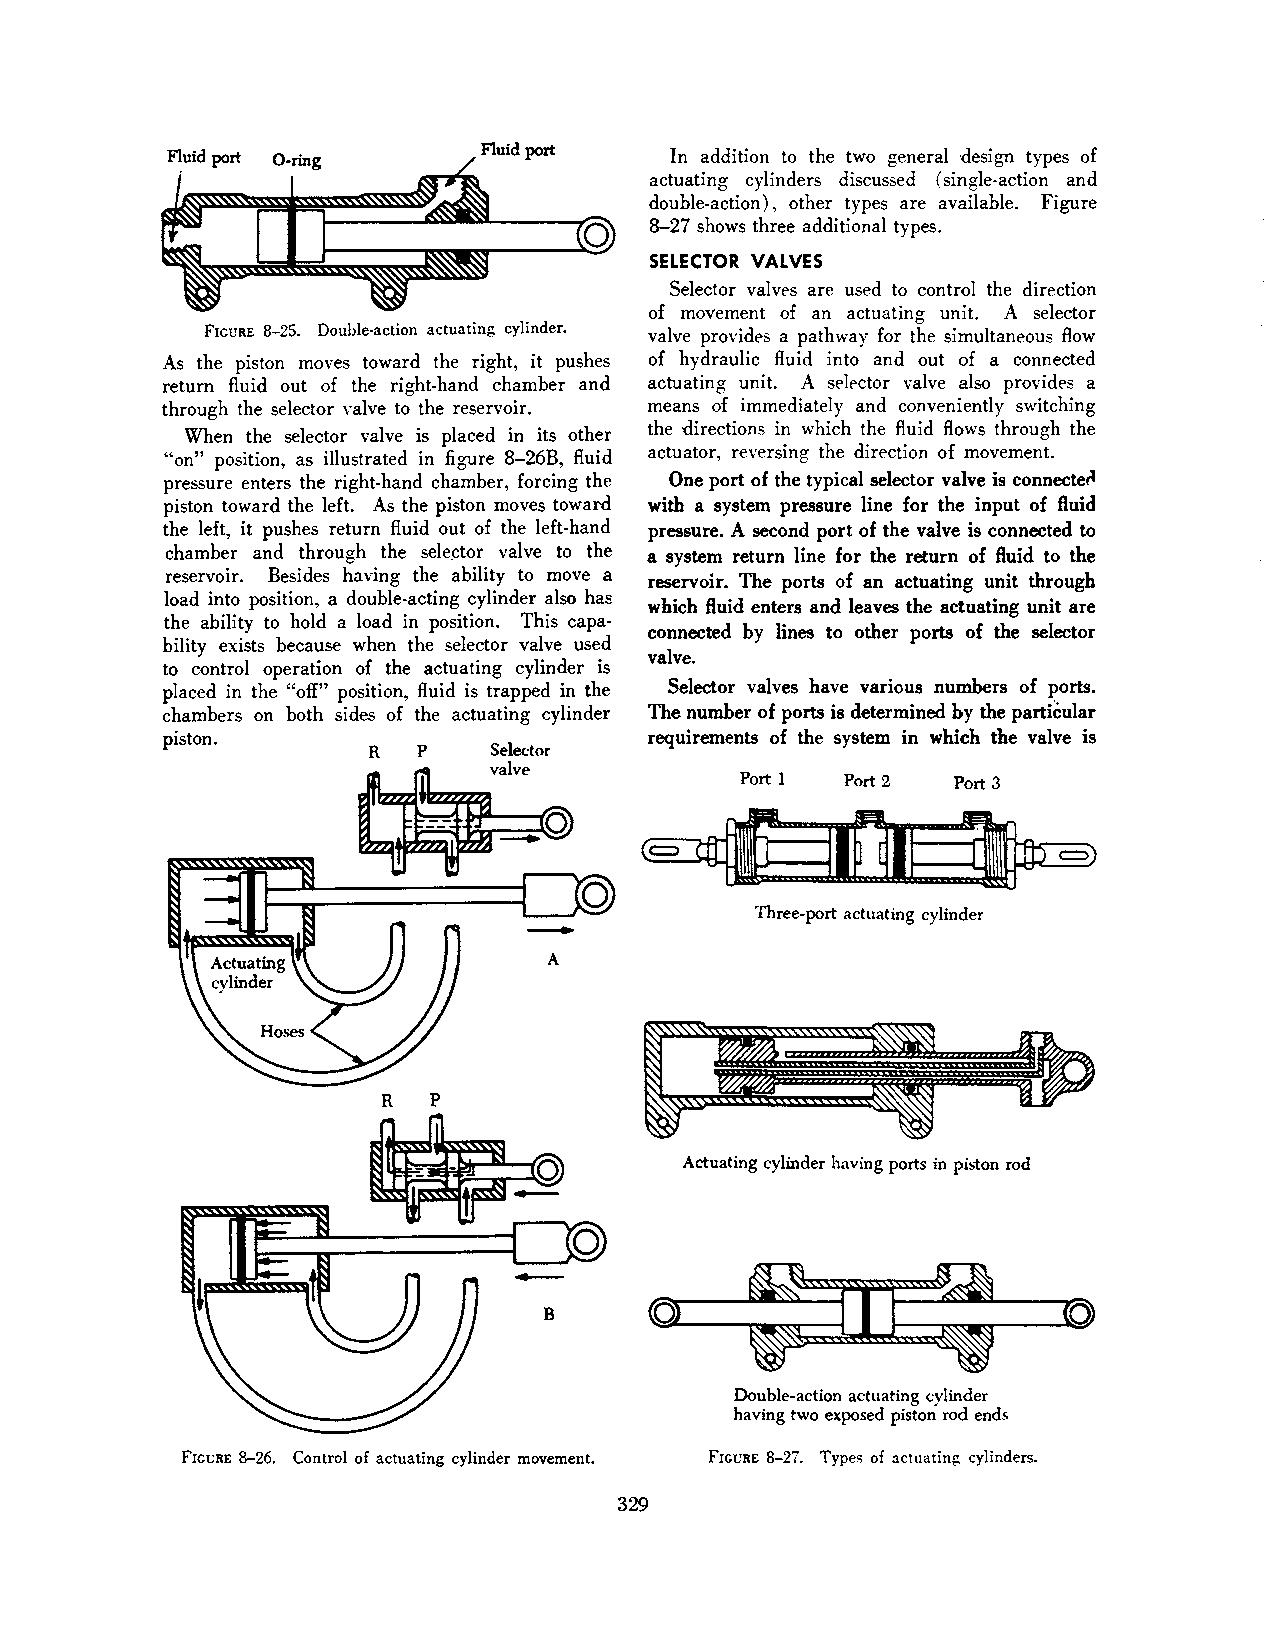
F1uid port 0-ring                In addition to the two general design types of
 actuating cylinders discussed (single-action and
 double-action) , other types are available. Figure
 8-27 shows three additional types.
 SELECTOR VALVES
 Selector valves are used to control the direction
 of movement of an actuating unit. A selector
 FIGURE 8-25. Double-action actuating cylinder. valve provides a pathway for the simultaneous flow
 As the piston moves toward the right, it pushes of hydraulic fluid into and out of a connected
 return fluid out of the right-hand chamber and actuating unit. A selector valve also provides a
 through the selector valve to the reservoir. means of immediately and conveniently switching
 the directions in which the fluid flows through the
 When the selector valve is placed in its other
 actuator, reversing the direction of movement.
 "on" position, as illustrated in figure 8-26B, fluid
 pressure enters the right-hand chamber, forcing the One port of the typical selector valve is connecte(l
 piston toward the left. As the piston moves toward with a system pressure line for the input of fluid
 the left, it pushes return fluid out of the left-hand pressure. A second port of the valve is connected to
 chamber and through the sele~tor valve to the a system return line for the return of fluid to the
 reservoir. Besides having the ability to move a reservoir. The ports of an actuating unit through
 load into position, a double-acting cylinder also has
 which fluid enters and leaves the actuating unit are
 the ability to hold a load in position. This capa
 connected by lines to other ports of the selector
 bility exists because when the selector valve used
 valve.
 to control operation of the actuating cylinder is
 placed in the "off" position, fluid is trapped in the Selector valves have various numbers of ports.
 chambers on both sides of the actuating cylinder The number of ports is determined by the particular
 piston.                         requirements of the system in which the valve is
 R   p    Seledor
 valve
 Port 1 Port 2 Port 3
 Three-port actuating cylinder
 A
 R   p
 Aduating cylinder having ports in piston rod
 Double-adion actuating cylinder
 having two exposed piston rod ends
 FIGURE 8-26. Control of actuating cylinder movement. FIGURE 8-27. Types of actuating cylinders.
 329